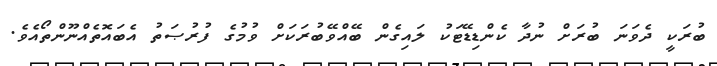
ބުރަކީ ދެވަނަ ބުރަށް ނުދާ ކެންޑިޑޭޓަކު ލައިގެން ބޭއްވޭބުރަކަށް ވުމުގެ ފުރުޞަތު އެބައޮތެއްނޫންތޯއެވެ.